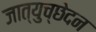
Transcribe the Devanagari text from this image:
जात्युच्छेदन